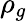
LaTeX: \rho_{g}